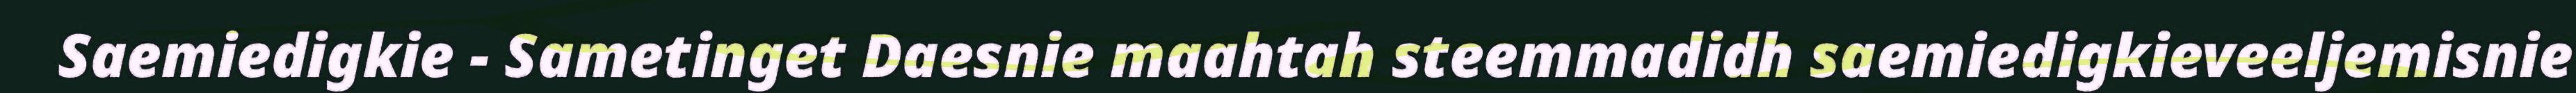
Saemiedigkie - Sametinget Daesnie maahtah steemmadidh saemiedigkieveeljemisnie